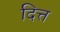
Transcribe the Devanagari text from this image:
दित्त